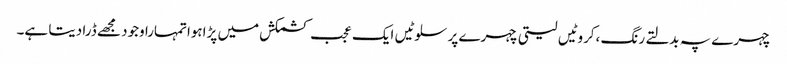
چہرے پہ بدلتے رنگ ،کروٹیں لیتی چہرے پر سلوٹیں ایک عجب کشمکش میں پڑاہواتمہارا وجود مجھے ڈرا دیتا ہے۔